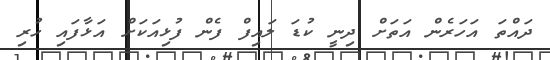
ދައްތަ އަހަރެން އަތަށް ދިނީ ކުޑަ ލައިފް ފެން ފުޅިއަކަށް އަޅާފައި ހުރި